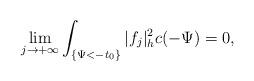
LaTeX: \begin{align*}\lim_{j\to+\infty}\int_{\{\Psi<-t_0\}}|f_j|^2_hc(-\Psi)=0,\end{align*}